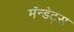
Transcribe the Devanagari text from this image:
मॅन्डेट्स